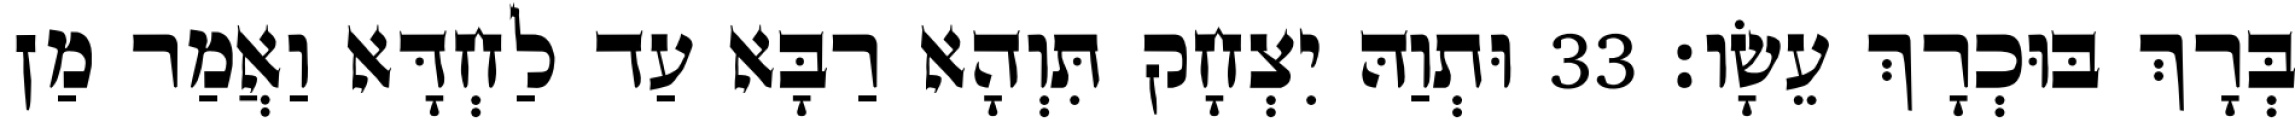
בְּרָךְ בּוּכְרָךְ עֵשָׂו׃ 33 וּתְוַהּ יִצְחָק תִּוְהָא רַבָּא עַד לַחְדָּא וַאֲמַר מַן